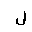
Letter: _lam